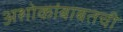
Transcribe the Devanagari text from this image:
अशोकांबाबतची